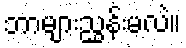
ဘာများညွှန်းမလဲ။